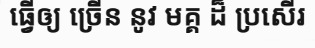
ធ្វើឲ្យ ច្រើន នូវ មគ្គ ដ៏ ប្រសើរ